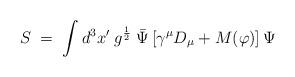
LaTeX: \begin{align*} S \;=\;\int d^3 x' \; g^{\frac{1}{2}} \; {\bar\Psi} \,[\gamma^{\mu}D_{\mu} + M (\varphi)] \,\Psi\end{align*}